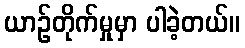
ယာဉ်တိုက်မှုမှာ ပါခဲ့တယ်။